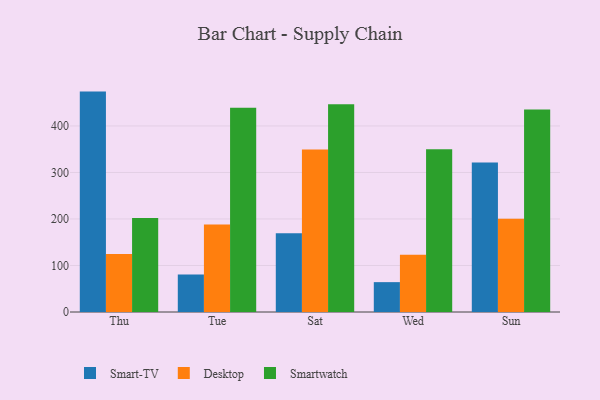
{"axis": {"x": "Day", "y": "Production Output"}, "legend": ["Desktop", "Smart-TV", "Smartwatch"], "data": [{"x": "Thu", "y": 473.9, "type": "Smart-TV"}, {"x": "Thu", "y": 124.5, "type": "Desktop"}, {"x": "Thu", "y": 201.9, "type": "Smartwatch"}, {"x": "Tue", "y": 80.9, "type": "Smart-TV"}, {"x": "Tue", "y": 188.3, "type": "Desktop"}, {"x": "Tue", "y": 439.3, "type": "Smartwatch"}, {"x": "Sat", "y": 169.4, "type": "Smart-TV"}, {"x": "Sat", "y": 349.3, "type": "Desktop"}, {"x": "Sat", "y": 446.8, "type": "Smartwatch"}, {"x": "Wed", "y": 64.2, "type": "Smart-TV"}, {"x": "Wed", "y": 122.9, "type": "Desktop"}, {"x": "Wed", "y": 349.9, "type": "Smartwatch"}, {"x": "Sun", "y": 321.3, "type": "Smart-TV"}, {"x": "Sun", "y": 200.7, "type": "Desktop"}, {"x": "Sun", "y": 435.3, "type": "Smartwatch"}]}